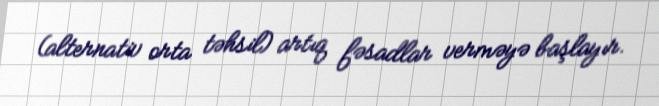
(alternativ orta təhsil) artıq fəsadlar verməyə başlayır.